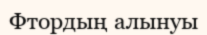
Фтордың алынуы